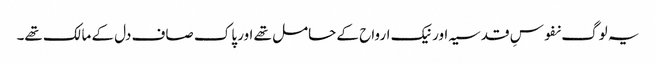
یہ لوگ نفوسِ قدسیہ اور نیک ارواح کے حامل تھے اور پاک صاف دل کے مالک تھے۔